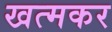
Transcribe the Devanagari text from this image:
खत्मकर